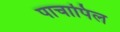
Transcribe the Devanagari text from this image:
पाचापिल